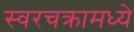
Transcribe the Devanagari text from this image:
स्वरचक्रामध्ये